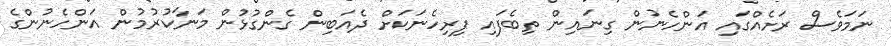
ނަމަވެސް ރަށެއްގައި އަންހެނުން ގިނައިން ތިބެފައި ފިރިހެނަކަށް ދެއަބިން ގެންގުޅުން މަނާކުރުމުން އަންހެނުންގެ